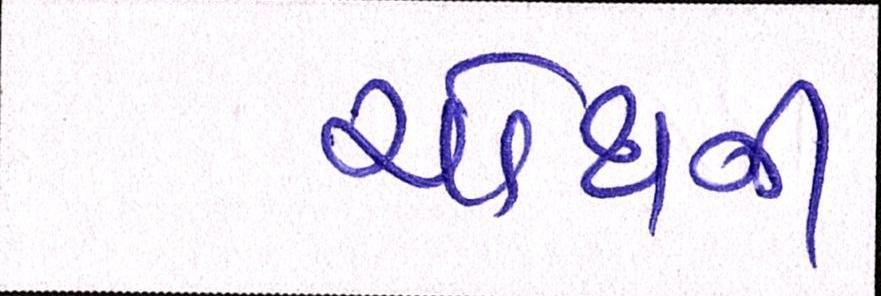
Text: ચોથની